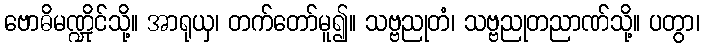
ဗောဓိမဏ္ဍိုင်သို့။ အာရုယှ၊ တက်တော်မူ၍။ သဗ္ဗညုတံ၊ သဗ္ဗညုတညာဏ်သို့။ ပတွာ၊